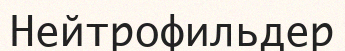
Нейтрофильдер